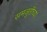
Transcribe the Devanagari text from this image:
समजुतींच्या